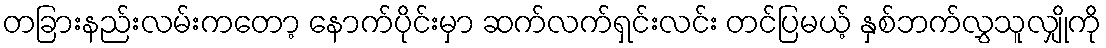
တခြားနည်းလမ်းကတော့ နောက်ပိုင်းမှာ ဆက်လက်ရှင်းလင်း တင်ပြမယ့် နှစ်ဘက်လွှသူလျှိုကို